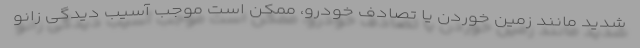
شدید مانند زمین خوردن یا تصادف خودرو، ممکن است موجب آسیب دیدگی زانو